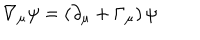
\nabla _ { \mu } \psi = ( \partial _ { \mu } + \Gamma _ { \mu } ) \, \psi